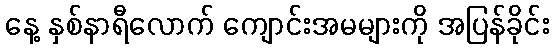
နေ့ နှစ်နာရီလောက် ကျောင်းအမများကို အပြန်ခိုင်း